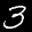
Label: 3